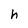
Character: h